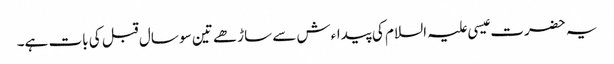
یہ حضرت عیسی علیہ السلام کی پیداءش سے ساڑھے تین سو سال قبل کی بات ہے۔